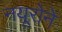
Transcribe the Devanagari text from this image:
नयूरोने